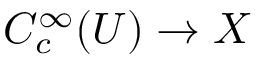
C _ { c } ^ { \infty } ( U ) \to X